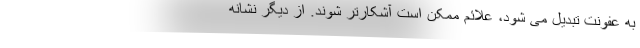
به عفونت تبدیل می شود، علائم ممکن است آشکارتر شوند. از دیگر نشانه